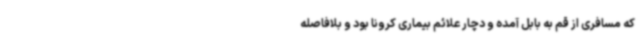
که مسافری از قم به بابل آمده و دچار علائم بیماری کرونا بود و بلافاصله